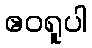
ဧဝရူပါ